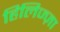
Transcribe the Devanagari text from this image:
हिलिज्ज़ा